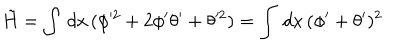
\tilde { H } = \int \, d x \, ( \phi ^ { 2 } + 2 \phi ^ { \prime } \theta ^ { \prime } + \theta ^ { 2 } ) = \int \, d x \, ( \phi ^ { \prime } + \theta ^ { \prime } ) ^ { 2 }